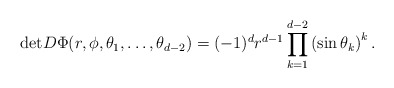
\begin{align*} \mathrm{det}D\Phi(r,\phi,\theta_1,\ldots,\theta_{d-2})=(-1)^d r^{d-1}\prod_{k=1}^{d-2}\left(\sin\theta_k\right)^k. \end{align*}